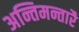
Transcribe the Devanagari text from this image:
अन्तिमन्तारै